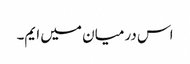
اس درمیان میں ایم۔